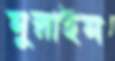
মুরাইম